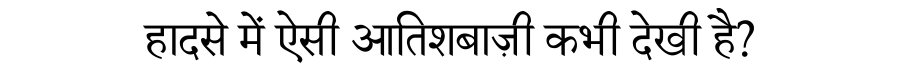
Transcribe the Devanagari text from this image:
हादसे में ऐसी आतिशबाज़ी कभी देखी है?